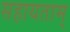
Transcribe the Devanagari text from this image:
सहायताम्